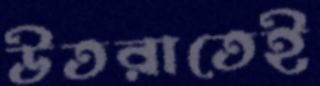
উতরাতেই